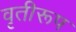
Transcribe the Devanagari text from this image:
वृतीरूप